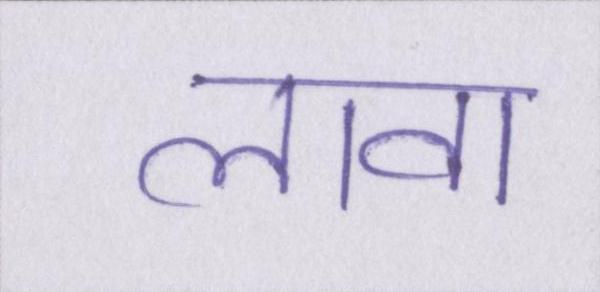
लावा